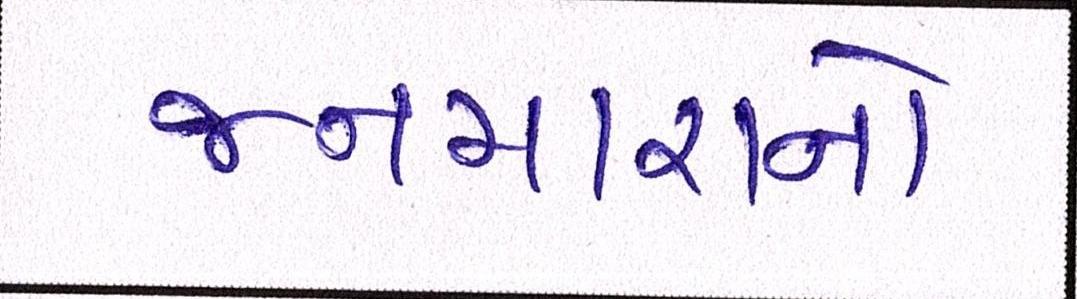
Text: જનમારાનો